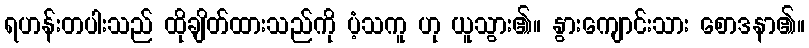
ရဟန်းတပါးသည် ထိုချိတ်ထားသည်ကို ပံ့သကူ ဟု ယူသွား၏။ နွားကျောင်းသား စောဒနာ၏။